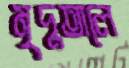
মৃদুতালে